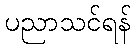
ပညာသင်ရန်